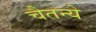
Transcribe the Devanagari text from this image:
चैतन्ये